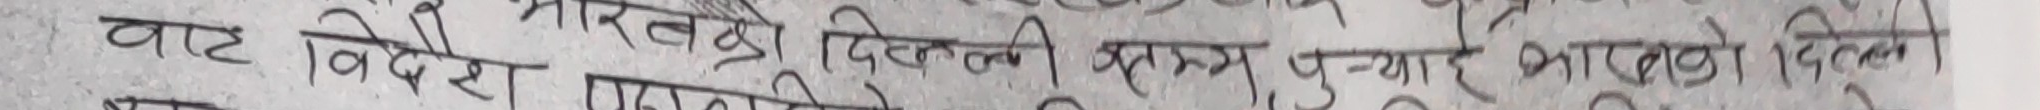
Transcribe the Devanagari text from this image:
यह विदेश नरवद्धों दिलवसी मुक्तम प्यार है भारत को दिलवों